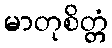
မာတုစိတ္တံ